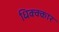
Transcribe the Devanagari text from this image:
धिक्क्कार